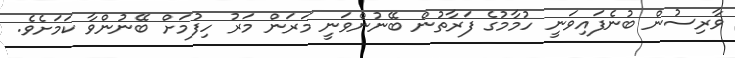
ވާރިސުން ބުނެފައިވަނީ ހުމާމުގެ ފަރާތުން ބޭނުންވަނީ މަރަން މަރު ހިފުމަށް ބޭނުންވާ ކަމަށެވެ.